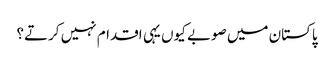
پاکستان میں صوبے کیوں یہی اقدام نہیں کرتے؟